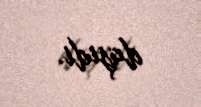
daşıdı.